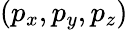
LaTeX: (p_{x},p_{y},p_{z})